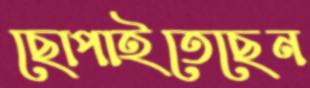
ছোপাইতেছেন